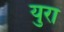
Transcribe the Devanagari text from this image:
युरा